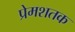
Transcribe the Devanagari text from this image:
प्रेमशतक